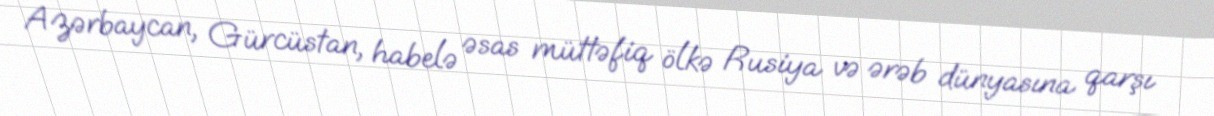
Azərbaycan, Gürcüstan, habelə əsas müttəfiq ölkə Rusiya və ərəb dünyasına qarşı